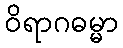
ဝိရာဂဓမ္မာ